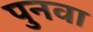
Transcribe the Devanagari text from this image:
पुनवा